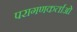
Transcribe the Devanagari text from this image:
परागणकर्ताओं